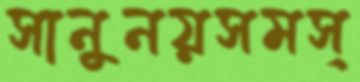
সানুনয়সমস্